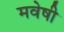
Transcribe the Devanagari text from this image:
मवेषी